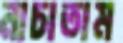
নাচাতাম